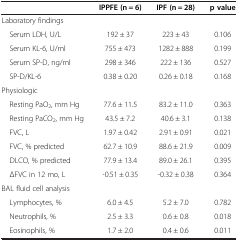
<table><thead><tr><td><b> </b></td><td><b>IPPFE (n = 6)</b></td><td><b>IPF (n = 28)</b></td><td><b>p value</b></td></tr></thead><tbody><tr><td>Laboratory findings</td><td> </td><td> </td><td> </td></tr><tr><td> Serum LDH, U/L</td><td>192 ± 37</td><td>223 ± 43</td><td>0.106</td></tr><tr><td> Serum KL-6, U/ml</td><td>755 ± 473</td><td>1282 ± 888</td><td>0.199</td></tr><tr><td> Serum SP-D, ng/ml</td><td>298 ± 346</td><td>222 ± 136</td><td>0.527</td></tr><tr><td> SP-D/KL-6</td><td>0.38 ± 0.20</td><td>0.26 ± 0.18</td><td>0.168</td></tr><tr><td>Physiologic</td><td> </td><td> </td><td> </td></tr><tr><td> Resting PaO<sub>2</sub>, mm Hg</td><td>77.6 ± 11.5</td><td>83.2 ± 11.0</td><td>0.363</td></tr><tr><td> Resting PaCO<sub>2</sub>, mm Hg</td><td>43.5 ± 7.2</td><td>40.6 ± 3.1</td><td>0.138</td></tr><tr><td> FVC, L</td><td>1.97 ± 0.42</td><td>2.91 ± 0.91</td><td>0.021</td></tr><tr><td> FVC, % predicted</td><td>62.7 ± 10.9</td><td>88.6 ± 21.9</td><td>0.009</td></tr><tr><td> DLCO, % predicted</td><td>77.9 ± 13.4</td><td>89.0 ± 26.1</td><td>0.395</td></tr><tr><td> ΔFVC in 12 mo, L</td><td>-0.51 ± 0.35</td><td>-0.32 ± 0.38</td><td>0.364</td></tr><tr><td>BAL fluid cell analysis</td><td> </td><td> </td><td> </td></tr><tr><td> Lymphocytes, %</td><td>6.0 ± 4.5</td><td>5.2 ± 7.0</td><td>0.782</td></tr><tr><td> Neutrophils, %</td><td>2.5 ± 3.3</td><td>0.6 ± 0.8</td><td>0.018</td></tr><tr><td> Eosinophils, %</td><td>1.7 ± 2.0</td><td>0.4 ± 0.6</td><td>0.011</td></tr></tbody></table>